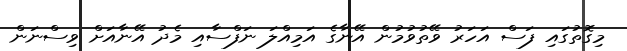
މިގޮތުގައި ފަސް އަހަރު ވޭތުވުމުން އޭނާގެ އަމިއްލަ ނަފްސާއި މެދު އޭނާއަށް ވިސްނަން